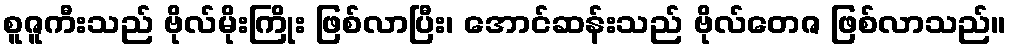
စူဇူကီးသည် ဗိုလ်မိုးကြိုး ဖြစ်လာပြီး၊ အောင်ဆန်းသည် ဗိုလ်တေဇ ဖြစ်လာသည်။